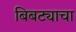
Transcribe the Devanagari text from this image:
बिबट्याचा